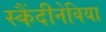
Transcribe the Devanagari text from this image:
स्कैंदीनेविया